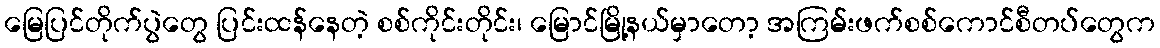
မြေပြင်တိုက်ပွဲတွေ ပြင်းထန်နေတဲ့ စစ်ကိုင်းတိုင်း၊ မြောင်မြို့နယ်မှာတော့ အကြမ်းဖက်စစ်ကောင်စီတပ်တွေက